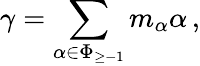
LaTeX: \gamma=\sum_{\alpha\in\Phi_{\geq-1}}m_{\alpha}\alpha\, ,